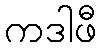
ကဒါဖီ